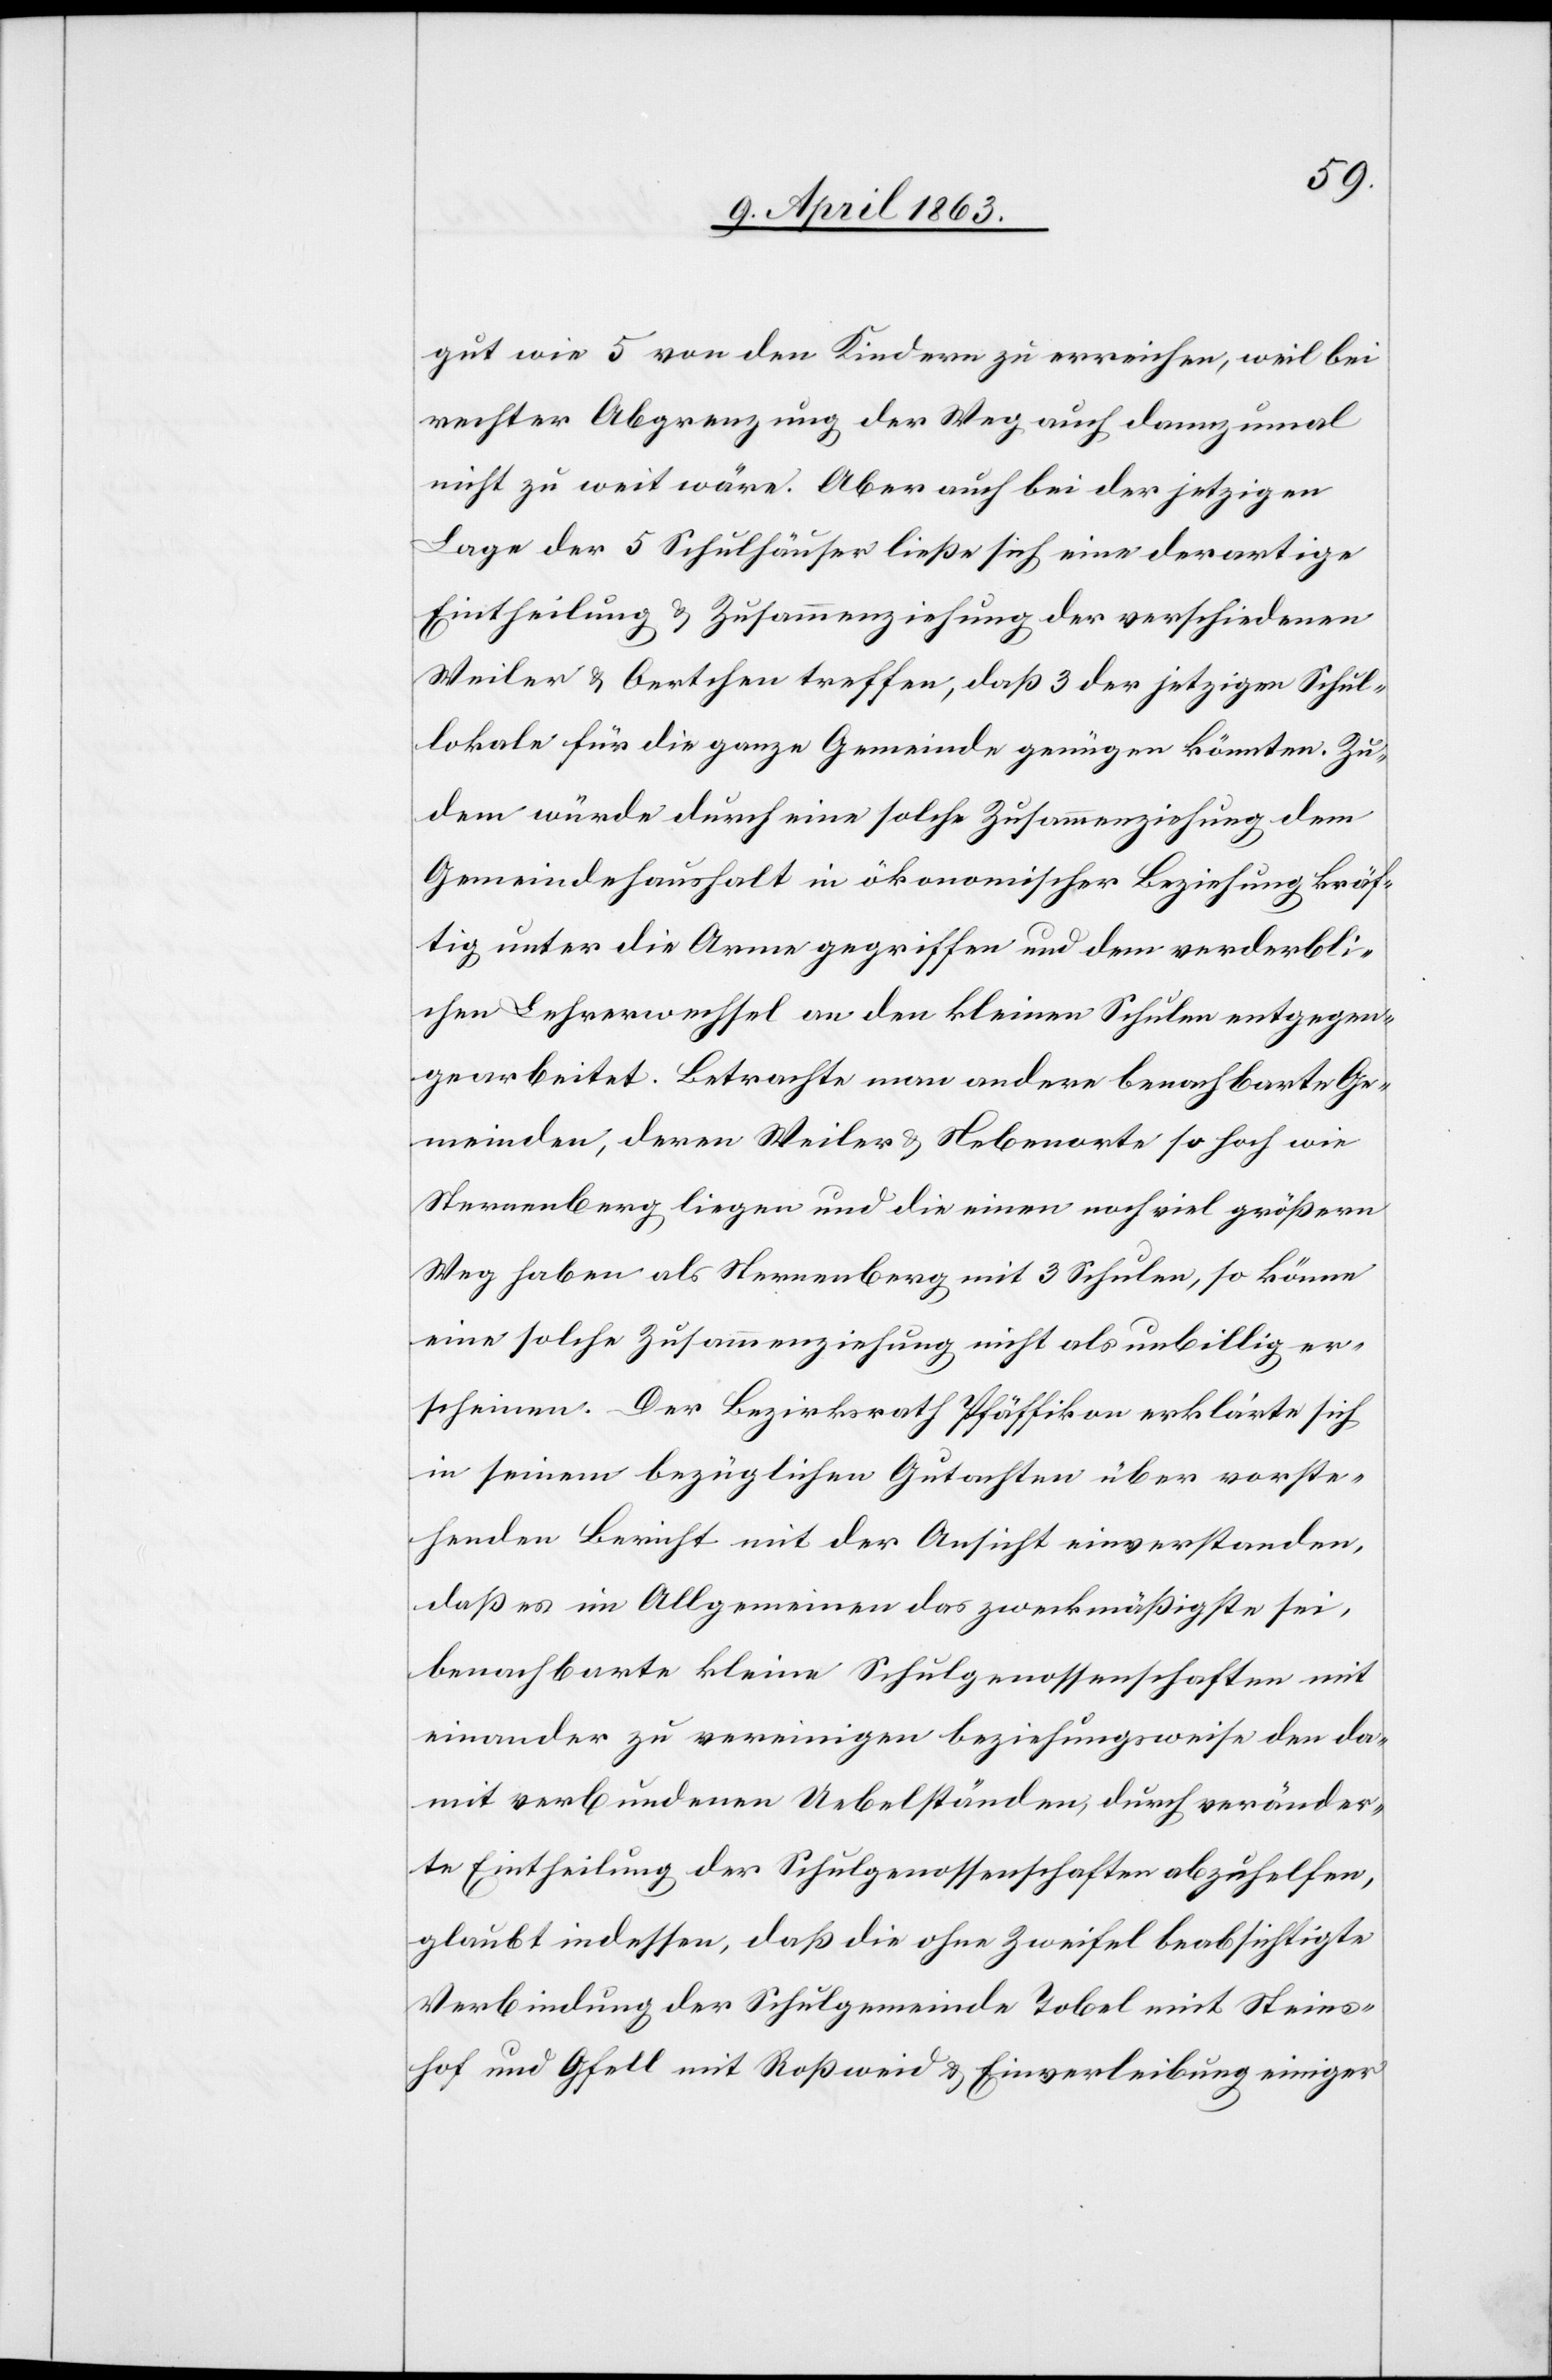
gut wie 5 von den Kindern zu erreichen, weil bei
rechter Abgrenzung der Weg auch dannzumal
nicht zu weit wäre. Aber auch bei der jetzigen
Lage der 5 Schulhäuser ließe sich eine derartige
Eintheilung & Zusammenziehung der verschiedenen
Weiler & Oertchen treffen, daß 3 der jetzigen Schul¬
lokale für die ganze Gemeinde genügen könnten. Zu¬
dem würde durch eine solche Zusammenziehung dem
Gemeindehaushalt in ökonomischer Beziehung kräf¬
tig unter die Arme gegriffen und dem verderbli¬
chen Lehrerwechsel an den kleinen Schulen entgegen¬
gearbeitet. Betrachte man andere benachbarte Ge¬
meinden, deren Weiler & Nebenorte so hoch wie
Sternenberg liegen und die einen noch viel größern
Weg haben als Sternenberg mit 3 Schulen, so könne
eine solche Zusammenziehung nicht als unbillig er¬
scheinen. Der Bezirksrath Pfäffikon erklärte sich
in seinem bezüglichen Gutachten über vorste¬
henden Bericht mit der Ansicht einverstanden,
daß es im Allgemeinen das zweckmäßigste sei,
benachbarte kleine Schulgenossenschaften mit
einander zu vereinigen beziehungsweise den da¬
mit verbundenen Uebelständen, durch veränder¬
te Eintheilung der Schulgenossenschaften abzuhelfen,
glaubt indessen, daß die ohne Zweifel beabsichtigte
Verbindung der Schulgemeinde Tobel mit Steins¬
hof und Gfell mit Roßweid & Einverleibung einiger